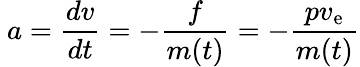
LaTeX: ~a={\frac{dv}{dt}}=-{\frac{f}{m(t)}}=-{\frac{pv_{\mathrm{e}}}{m(t)}}